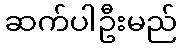
ဆက်ပါဦးမည်